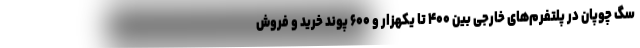
سگ چوپان در پلتفرم‌های خارجی بین ۴۰۰ تا یکهزار و ۶۰۰ پوند خرید و فروش